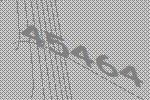
45464